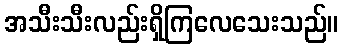
အသီးသီးလည်းရှိကြလေသေးသည်။